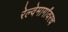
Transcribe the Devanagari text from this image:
रेल्वेमार्गांवरच